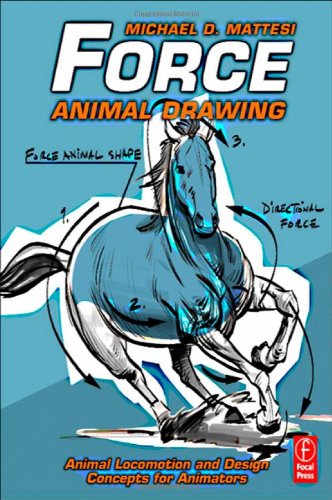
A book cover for Force: Animal Drawing: Animal locomotion and design concepts for animators (Force Drawing Series); Mike Mattesi; Arts & Photography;